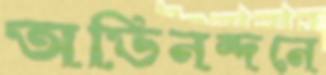
অভিনন্দনে